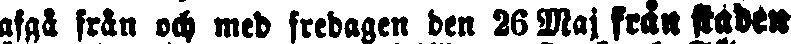
afgå från och med fredagen den 26 Maj från staden